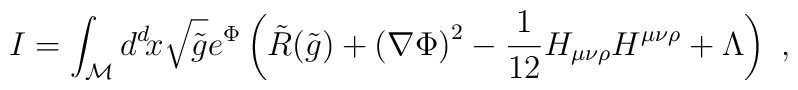
I=\int_{\cal{M}} d^d \! x \sqrt{\tilde{g}} e^{\Phi} \left(\tilde{R}(\tilde{g}) + \left(\nabla \Phi \right)^2 - {1 \over 12}H_{\mu\nu\rho} H^{\mu\nu\rho} + \Lambda \right) \ ,